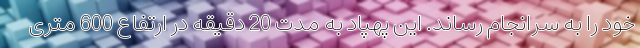
خود را به سرانجام رساند. این پهپاد به مدت 20 دقیقه در ارتفاع 600 متری